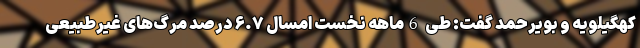
کهگیلویه و بویرحمد گفت: طی 6ماهه نخست امسال ۶.۷ درصد مرگ‌های غیرطبیعی